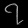
Digit: ၇